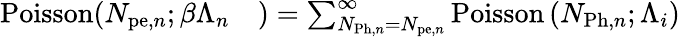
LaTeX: \begin{array}{rl}{\mathrm{Poisson}(N_{\mathrm{pe},n};\beta\Lambda_{n}}&{{})=\sum_{N_{\mathrm{Ph},n}=N_{\mathrm{pe},n}}^{\infty}\mathrm{Poisson}\left(N_{\mathrm{Ph},n};\Lambda_{i}\right)}\end{array}